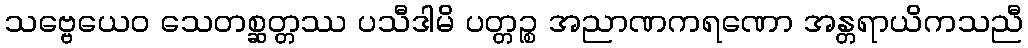
သဗ္ဗေယေဝ သေတစ္ဆတ္တဿ ပသီဒါမိ ပတ္တဉ္စ အညာဏကရဏော အန္တရာယိကသညီ